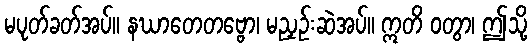
မပုတ်ခတ်အပ်။ နဃာတေတဗ္ဗော၊ မညှဉ်းဆဲအပ်။ ဣတိ ဝတွာ၊ ဤသို့